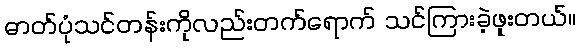
ဓာတ်ပုံသင်တန်းကိုလည်းတက်ရောက် သင်ကြားခဲ့ဖူးတယ်။